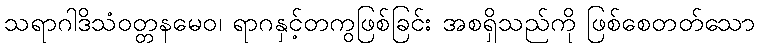
သရာဂါဒိသံဝတ္တနမေဝ၊ ရာဂနှင့်တကွဖြစ်ခြင်း အစရှိသည်ကို ဖြစ်စေတတ်သော